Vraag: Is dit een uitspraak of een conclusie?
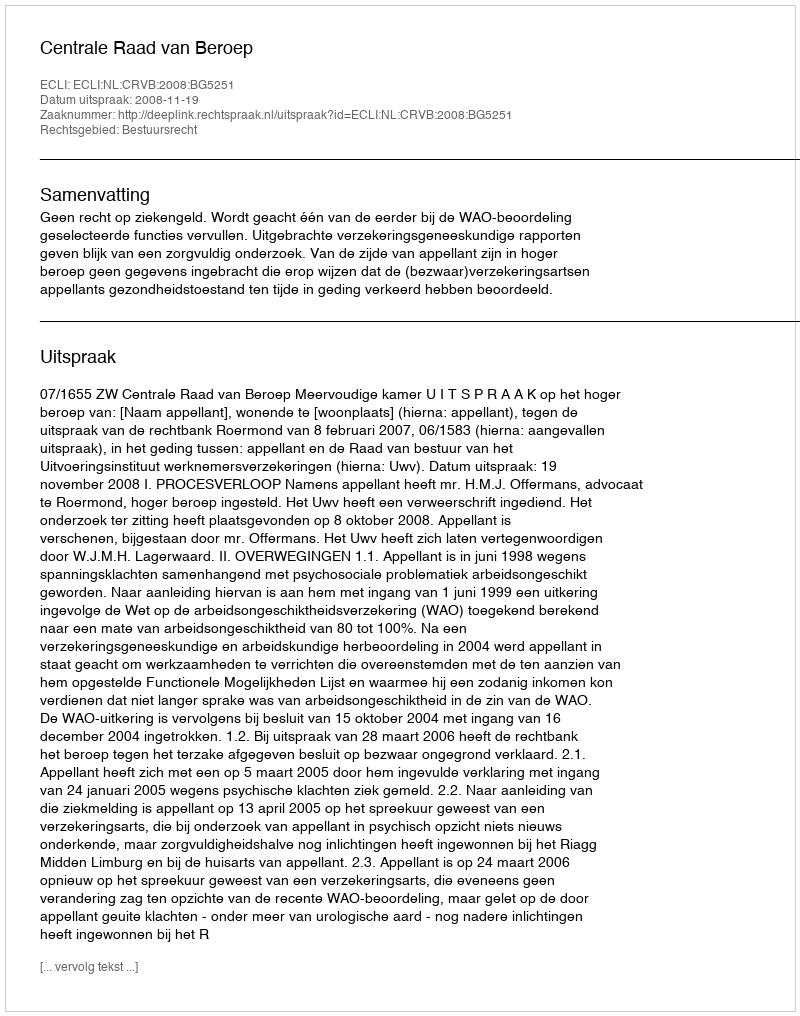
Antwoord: Uitspraak